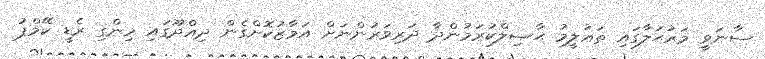
ސާނަވީ މަރުޙަލާގައި ތަޢުލީމު ޙާޞިލްކުރަމުންދާ ދަރިވަރުންނަށް އަމާޒުކޮށްގެން ދިއްދޫގައި ހިންގި ރެޑީ ކޭމްޕު